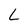
Character: L